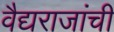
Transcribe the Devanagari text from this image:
वैद्यराजांची